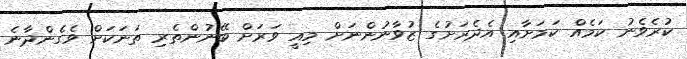
ކުރެވެނު ކަމެއް ކަމަށާއި އެދެރަށުގެ ޒުވާނުންނަށް މިއީ ވަރަށް ބޭނުންތެރި ތަނަކަށް ވެގެންދާނެ